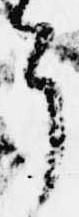
了